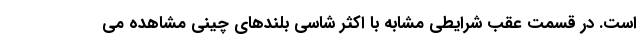
است. در قسمت عقب شرایطی مشابه با اکثر شاسی بلندهای چینی مشاهده می